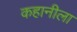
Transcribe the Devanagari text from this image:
कहानीला